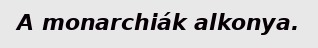
A monarchiák alkonya.